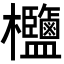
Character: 𣡶